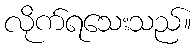
လိုက်ရသေးသည်။